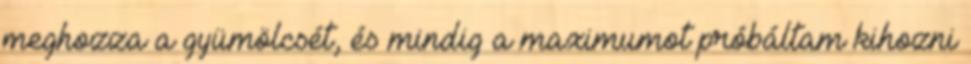
meghozza a gyümölcsét, és mindig a maximumot próbáltam kihozni